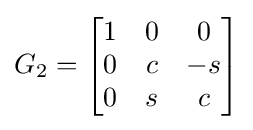
G_{2}={\begin{bmatrix}1&0&0\\0&c&-s\\0&s&c\\\end{bmatrix}}